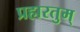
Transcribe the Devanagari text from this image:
प्रहारतुम्